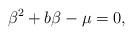
LaTeX: \begin{align*}\beta^2+b\beta-\mu=0,\end{align*}